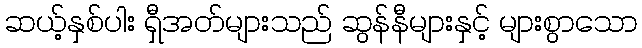
ဆယ့်နှစ်ပါး ရှီအတ်များသည် ဆွန်နီများနှင့် များစွာသော